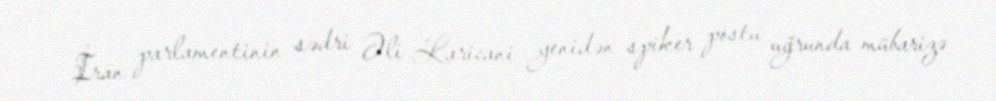
İran parlamentinin sədri Əli Laricani yenidən spiker postu uğrunda mübarizə